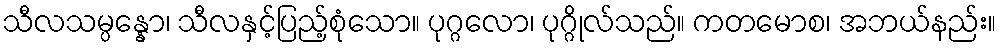
သီလသမ္ပန္နော၊ သီလနှင့်ပြည့်စုံသော။ ပုဂ္ဂလော၊ ပုဂ္ဂိုလ်သည်။ ကတမောစ၊ အဘယ်နည်း။